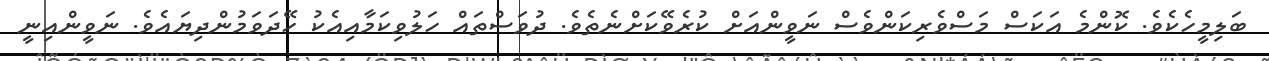
ބަލިމީހެކެވެ. ކޮންމެ އަކަސް މަސްވެރިކަންވެސް ނަވީންއަށް ކުރެވޭކަށްނެތެވެ. ދުވަސްތައް ހަލުވިކަމާއިއެކު ހޭދަވަމުންދިޔައެވެ. ނަވީންއިނީ